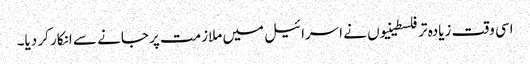
اسی وقت زیادہ تر فلسطینیوں نے اسرائیل میں ملازمت پر جانے سے انکار کر دیا۔